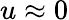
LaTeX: u\approx 0